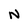
Character: N